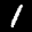
Label: 1